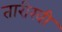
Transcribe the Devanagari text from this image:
तारीखी